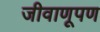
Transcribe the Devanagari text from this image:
जीवाणूपण